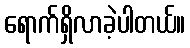
ရောက်ရှိလာခဲ့ပါတယ်။